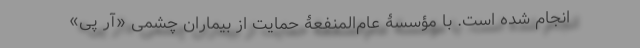
انجام شده است. با مؤسسۀ عام‌المنفعۀ حمایت از بیماران چشمی «آر پی»